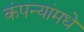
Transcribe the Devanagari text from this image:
कंपन्यांमधे